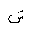
Letter: _shin